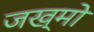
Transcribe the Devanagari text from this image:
जख्मो